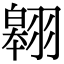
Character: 翱